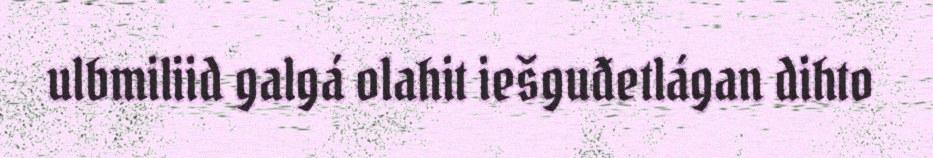
ulbmiliid galgá olahit iešguđetlágan dihto